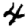
Digit: 4